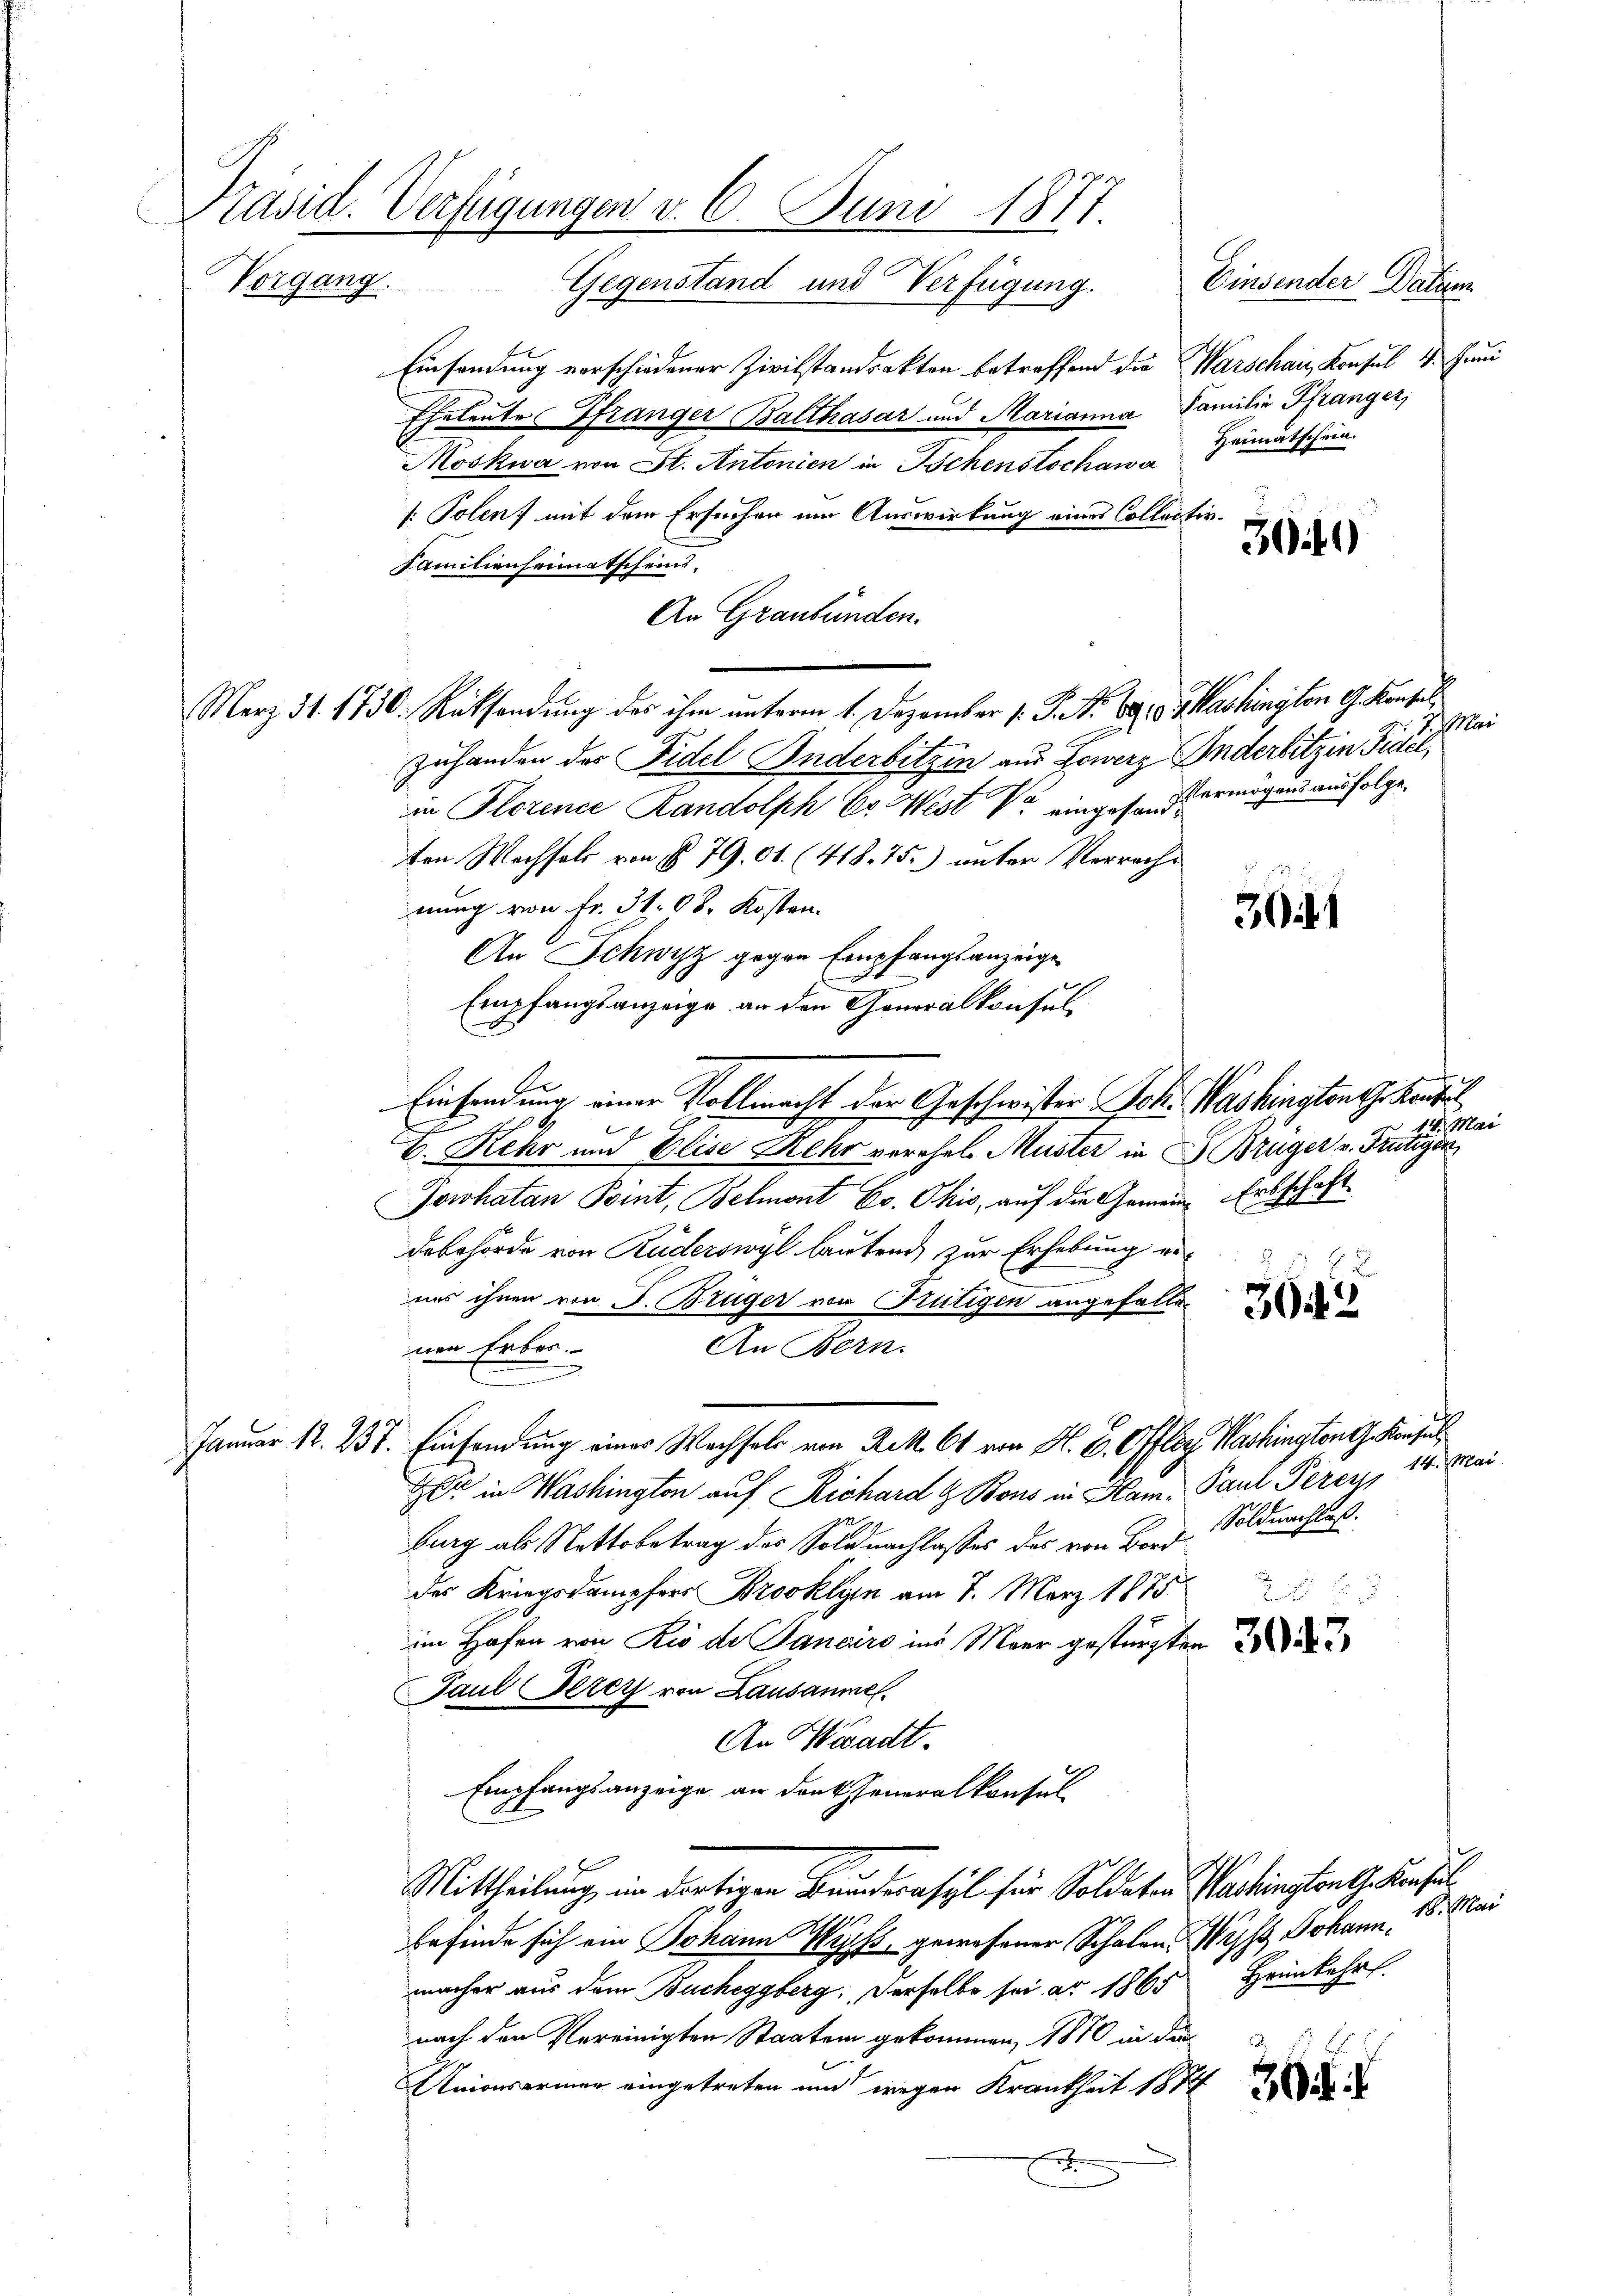
Präsid. Verfügungen d. 6. Juni 1877.
Vorgang. Gegenstand und Verfügung. Einsender Datum

Einsendung verschiedener Zivilstandrakten betreffend die Warschau, Konsul 4. Juni
Eheleute Pfränger Balthasar und Marianna Familie Pfränger,
Moskwa von St. Antonien in Tschenstochann Heimatschein
: Polen, mit dem Ersuchen um Auswirkung eines Collectir¬
Familienheimatscheins,
An Graubünden.
Merz 31. 1730. Ratsendung des ihm unterm 1. Dezember 1. P. Nr. 691. Washington G. Konsul,
zuhanden der Fidel Anderbitzin aus Lowerz Anderbitzin Fidel,
in Florence Randolph Dr. West V eingesandt ermögens ausfolge.
ten Wachsels von § 79. 01. (418. 75.) unter Verrecht
nung von Fr. 31. 08. Kosten.
An Schwyz gegen Empfangsanzeige
Empfangsanzeige, an den Generalkonsul
Einsendung einer Vollmacht der Geschwister Joh. Washingtong kanteil
G
V. Rehr und Elise Kehr verehel Muster in Brüger v. Frutigen
Jowhatan Point, Belmont E. Ohio, auf die Gemein Erbschaft
debehörde von Ruderswyl lautend zur Erhebung ge-
.
uns ihnen von J. Brüger von Frutigen angefallen
An Bern.
nen Erbes.
.
Januar 12. 237. Einsendung eines Wachsels von Rek. 64 von H. E. Offler Washington G. Konsul
Zer in Washington auf Richard & Bons in Ham- Paul Perer, 14. Mai
burg als Nettobetrag des Soldnachlasses des von Bord. Soldnachluß.
des Kriegsdampfers Brooklyin am 7. März 1875.
2 x 2 2
im Hofen von Rio de Janeiro ins Meer gestürzten
Paul Serey von Lausannes.
An Waadt.
Empfangsanzeige an denkeneralkonsul
Mittheilung im dortigen Bunderasyl sein Soldaten Washington G. Konsul
befinde sich ein Johann Wichs, gewesener Schalen Wicht Johannmacher aus dem Bucheggberg: Derselbe sei ar 1865 Heimkehr
nach den Vereinigten Staaten gekommen, 1870 in den
Krionsarmen eingetreten und wegen Krankheit 1884

3040

Mar

3041

Mar

B. Mar